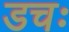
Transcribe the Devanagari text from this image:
डचः